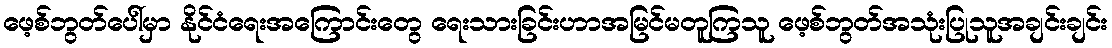
ဖေ့စ်ဘွတ်ပေါ်မှာ နိုင်ငံရေးအကြောင်းတွေ ရေးသားခြင်းဟာအမြင်မတူကြသူ ဖေ့စ်ဘွတ်အသုံးပြုသူအချင်းချင်း